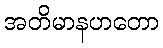
အတိမာနဟတော